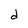
Character: d